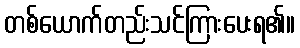
တစ်ယောက်တည်းသင်ကြားပေးရ၏။